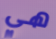
هي